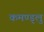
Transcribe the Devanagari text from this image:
कमण्ड्लु